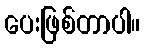
ပေးဖြစ်တာပါ။